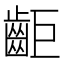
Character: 䶙